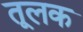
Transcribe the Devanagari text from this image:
तूलक